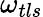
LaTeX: \omega_{tls}